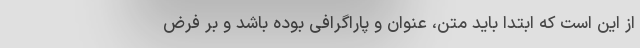
از این است که ابتدا باید متن، عنوان و پاراگرافی بوده باشد و بر فرض